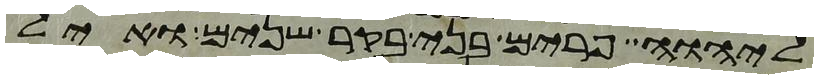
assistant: ליהוה פרים בני בקר שנים ואיל